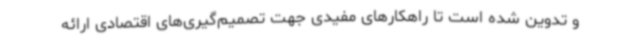
و تدوین شده است تا راهکارهای مفیدی جهت تصمیم‌گیری‌های اقتصادی ارائه